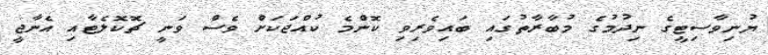
ޔުނިވާސިޓީގެ ނިދުމުގެ މުބާރާތުގައި ބައިވެރިވި ކޮންމެ ކުއްޖަކަށް ވެސް ވަނީ ޗޮކޮލެޓާއި އެނާޖީ